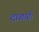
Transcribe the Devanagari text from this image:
दाशार्हः